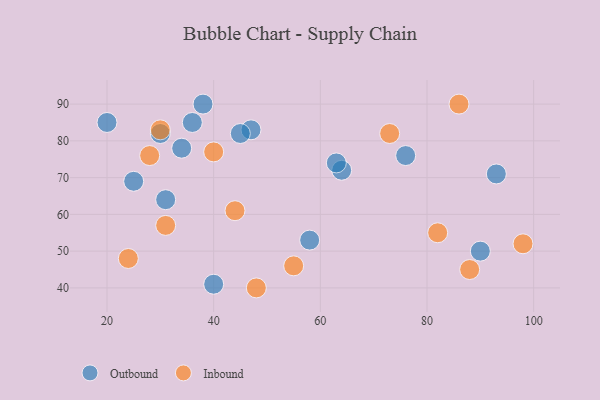
{"axis": {"x": "GDP", "y": "Life Expectancy"}, "legend": ["Inbound", "Outbound"], "data": [{"x": "64", "y": 72, "type": "Outbound"}, {"x": "25", "y": 69, "type": "Outbound"}, {"x": "90", "y": 50, "type": "Outbound"}, {"x": "30", "y": 82, "type": "Outbound"}, {"x": "63", "y": 74, "type": "Outbound"}, {"x": "58", "y": 53, "type": "Outbound"}, {"x": "93", "y": 71, "type": "Outbound"}, {"x": "38", "y": 90, "type": "Outbound"}, {"x": "47", "y": 83, "type": "Outbound"}, {"x": "76", "y": 76, "type": "Outbound"}, {"x": "20", "y": 85, "type": "Outbound"}, {"x": "34", "y": 78, "type": "Outbound"}, {"x": "45", "y": 82, "type": "Outbound"}, {"x": "36", "y": 85, "type": "Outbound"}, {"x": "40", "y": 41, "type": "Outbound"}, {"x": "31", "y": 64, "type": "Outbound"}, {"x": "86", "y": 90, "type": "Inbound"}, {"x": "24", "y": 48, "type": "Inbound"}, {"x": "31", "y": 57, "type": "Inbound"}, {"x": "44", "y": 61, "type": "Inbound"}, {"x": "98", "y": 52, "type": "Inbound"}, {"x": "40", "y": 77, "type": "Inbound"}, {"x": "48", "y": 40, "type": "Inbound"}, {"x": "30", "y": 83, "type": "Inbound"}, {"x": "55", "y": 46, "type": "Inbound"}, {"x": "82", "y": 55, "type": "Inbound"}, {"x": "88", "y": 45, "type": "Inbound"}, {"x": "73", "y": 82, "type": "Inbound"}, {"x": "28", "y": 76, "type": "Inbound"}]}